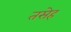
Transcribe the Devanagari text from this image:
तसेह